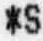
*S